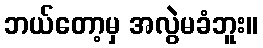
ဘယ်တော့မှ အလွဲမခံဘူး။